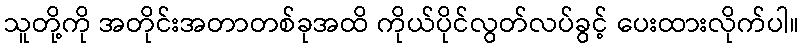
သူတို့ကို အတိုင်းအတာတစ်ခုအထိ ကိုယ်ပိုင်လွတ်လပ်ခွင့် ပေးထားလိုက်ပါ။